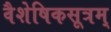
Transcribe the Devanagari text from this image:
वैशेषिकसूत्रम्